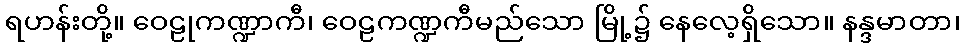
ရဟန်းတို့။ ဝေဠုကဏ္ဍာကီ၊ ဝေဠကဏ္ဍကီမည်သော မြို့၌ နေလေ့ရှိသော။ နန္ဒမာတာ၊